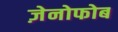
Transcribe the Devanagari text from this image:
ज़ेनोफोब